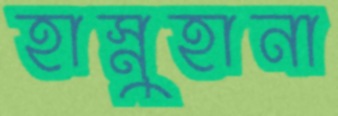
হাস্নুহানা